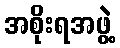
အစိုးရအဖွဲ့